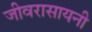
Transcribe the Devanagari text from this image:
जीवरासायनी